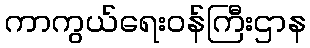
ကာကွယ်ရေးဝန်ကြီးဌာန